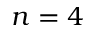
n = 4